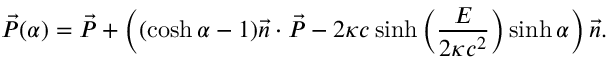
\vec { P } ( \alpha ) = \vec { P } + \left( ( \cosh \alpha - 1 ) \vec { n } \cdot \vec { P } - 2 \kappa c \sinh \left( \frac { E } { 2 \kappa c ^ { 2 } } \right) \sinh \alpha \right) \vec { n } .